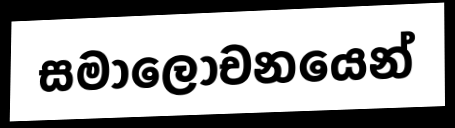
සමාලෝචනයෙන්